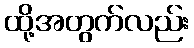
ထို့အတွက်လည်း